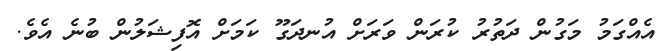
އެއްގަމު މަގުން ދަތުރު ކުރަން ވަރަށް އުނދަގޫ ކަމަށް އޮފިޝަލުން ބުނެ އެވެ.